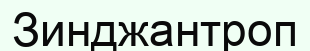
Зинджантроп